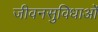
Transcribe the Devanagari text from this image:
जीवनसुविधाओं